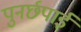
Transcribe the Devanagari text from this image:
पुनर्छपाई